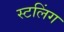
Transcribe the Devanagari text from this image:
स्टलिंग